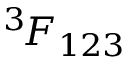
^ { 3 \! } F _ { 1 2 3 }